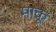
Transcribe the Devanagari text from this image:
माकू